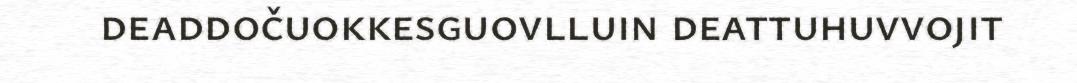
deaddočuokkesguovlluin deattuhuvvojit